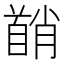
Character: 𬳘